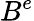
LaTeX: B^{e}